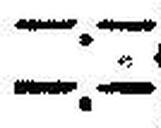
—.—